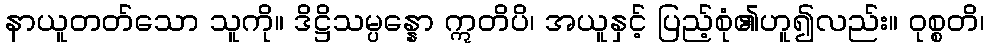
နာယူတတ်သော သူကို။ ဒိဋ္ဌိသမ္ပန္နော ဣတိပိ၊ အယူနှင့် ပြည့်စုံ၏ဟူ၍လည်း။ ဝုစ္စတိ၊